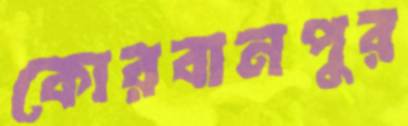
কোরবানপুর